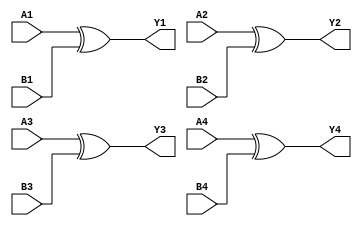


//Quad 2-input EXCLUSIVE-OR (XOR) gate
module ic_7486(
    Y1, A1, B1,
    Y2, A2, B2,
    Y3, A3, B3,
    Y4, A4, B4);
    output Y1, Y2, Y3, Y4;
    input A1, B1, A2, B2, A3, B3, A4, B4;

    assign Y1 = (A1 ^ B1); 
    assign Y2 = (A2 ^ B2); 
    assign Y3 = (A3 ^ B3); 
    assign Y4 = (A4 ^ B4); 

endmodule